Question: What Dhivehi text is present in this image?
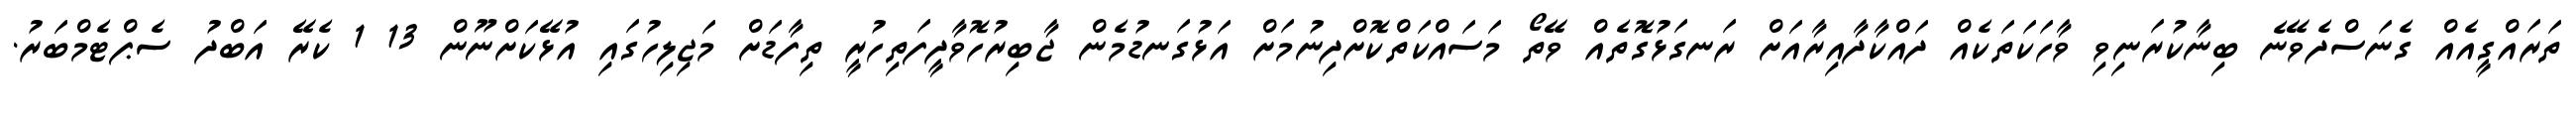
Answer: ތަރައްގީއެއް ގެނަސްދެވޭނެ ބިނާކުރަނިވި ވާހަކަތަކެއް ދައްކާދާއިރާއަށް ރަނގަޅުގޮތެއް ވޭތޯ މަސައްކަތްކޮށްދިނުމަށް އަޅުގަނޑުމެން ޖާބިރުހޮވާދީފަތިހުރީ ތިފާޑަށް މަޖިލިހުގައި އުޅޭކަށްނޫން 13 1 ކެރޭ އަބްދު ސެޕްޓެމްބަރު.